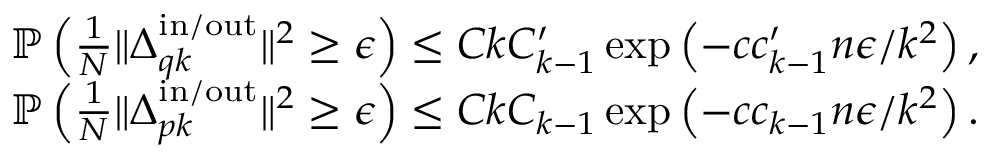
\begin{array} { r } { \mathbb { P } \left( \frac { 1 } { N } \| \boldsymbol { \Delta } _ { q k } ^ { \mathrm { i n } / \mathrm { o u t } } \| ^ { 2 } \geq \epsilon \right) \leq C k C _ { k - 1 } ^ { \prime } \exp \left( - c c _ { k - 1 } ^ { \prime } n \epsilon / k ^ { 2 } \right) , } \\ { \mathbb { P } \left( \frac { 1 } { N } \| \boldsymbol { \Delta } _ { p k } ^ { \mathrm { i n } / \mathrm { o u t } } \| ^ { 2 } \geq \epsilon \right) \leq C k C _ { k - 1 } \exp \left( - c c _ { k - 1 } n \epsilon / k ^ { 2 } \right) . } \end{array}